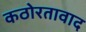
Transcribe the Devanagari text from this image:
कठोरतावाद